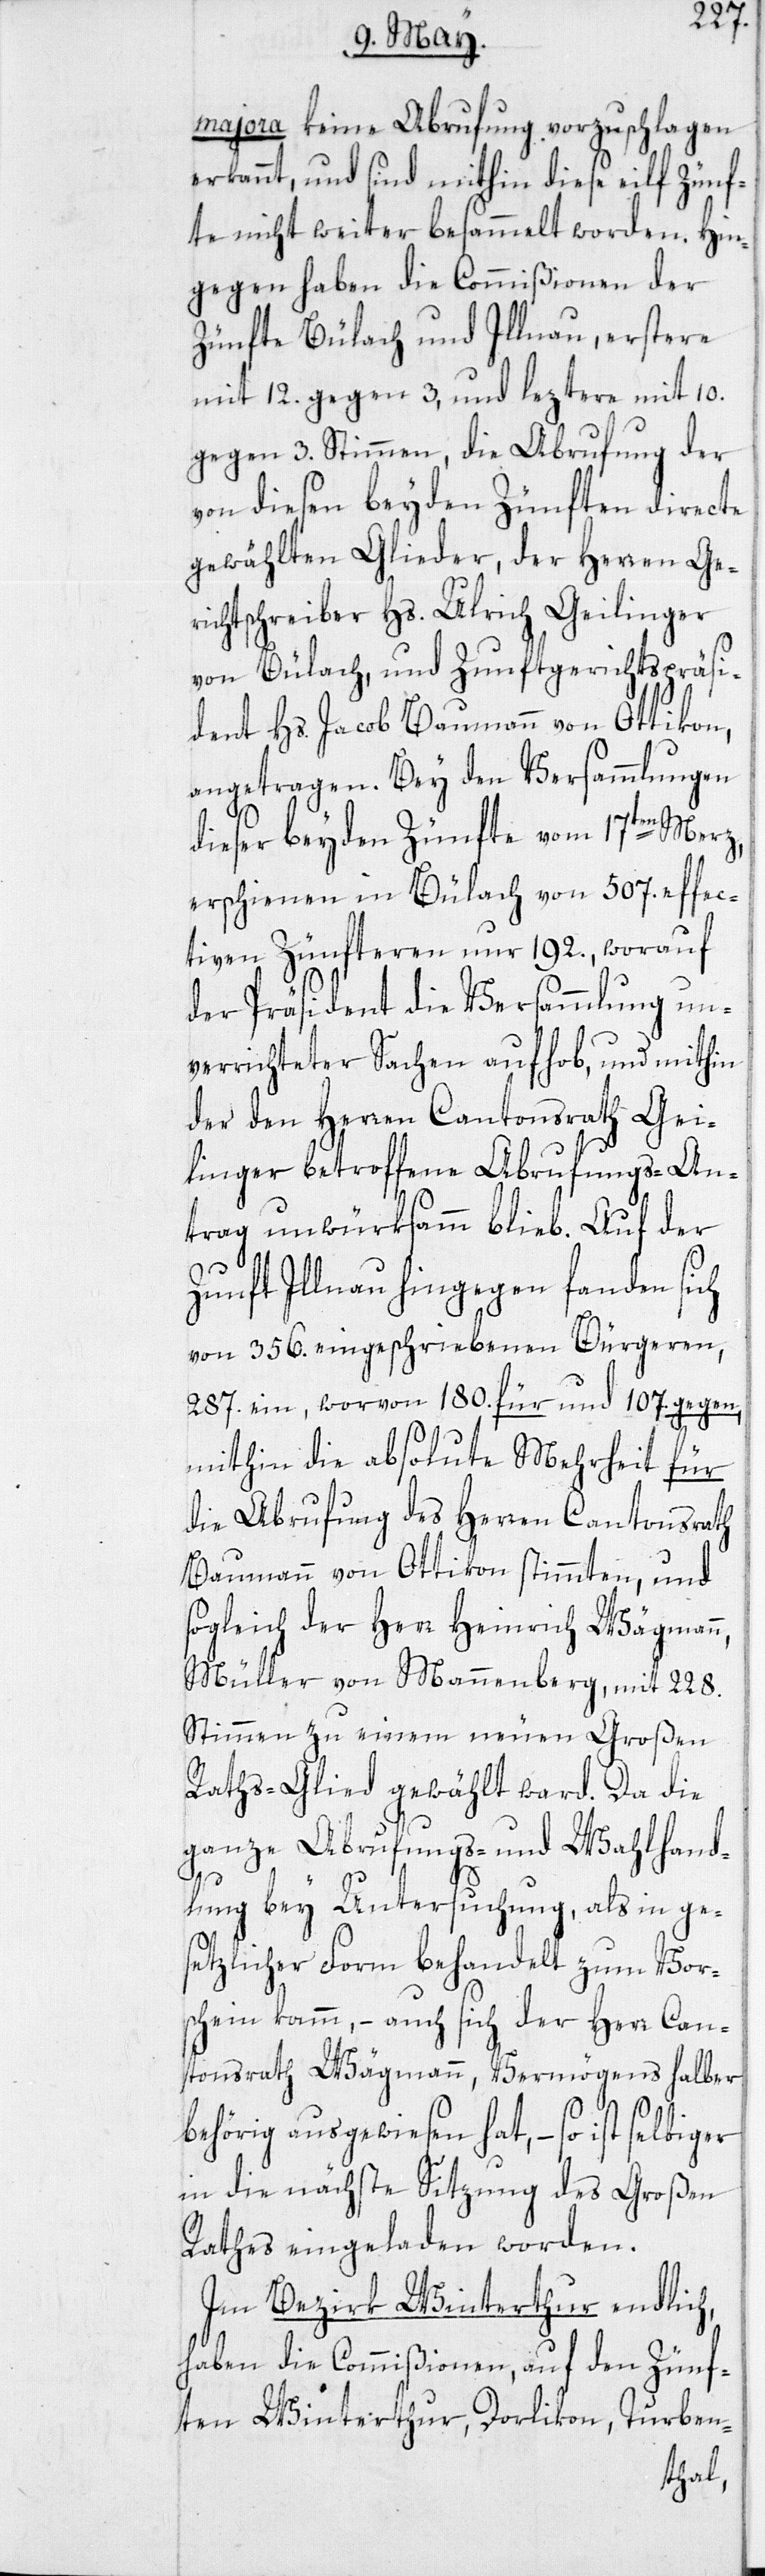
majora keine Abrufung vorzuschlagen
erkannt, und sind mithin diese eilf Zünf¬
te nicht weiter besammelt worden. Hin¬
gegen haben die Commißionen der
Zünfte Bülach und Illnau, erstere
mit 12. gegen 3, und leztere mit 10.
gegen 3. Stimmen, die Abrufung der
von diesen beyden Zünften directe
gewählten Glieder, der Herren Ger¬
ichtschreiber Hs. Ulrich Geilinger
von Bülach, und Zunftgerichtspräsi¬
dent Hs. Jacob Baumann von Ottikon,
angetragen. Bey den Versammlungen
dieser beyden Zünfte vom 17ten Merz,
erschienen in Bülach von 507. effec¬
tiven Zünfteren nur 192., worauf
der Präsident die Versammlung un¬
verrichteter Sachen aufhob, und mithin
der den Herren Cantonsrath Gei¬
linger betroffene Abrufungs-An¬
trag unwürksamm blieb. Auf der
Zunft Illnau hingegen fanden sich
von 356. eingeschriebenen Bürgeren,
287. ein, worvon 180. für und 107. gegen,
mithin die absolute Mehrheit für
die Abrufung des Herren Cantonsrath
Baumann von Ottikon stimmten, und
sogleich der Herr Heinrich Wägmann,
Müller von Mannenberg, mit 228.
Stimmen zu einem neuen Großen
Raths-Glied gewählt ward. Da die
ganze Abrufungs- und Wahlhand¬
lung bey Untersuchung, als in ge¬
setzlicher Form behandelt zum Vor¬
schein kamm, – auch sich der Herr Can¬
tonsrath Wägmann, Vermögens halber
behörig ausgewiesen hat, – so ist
in die nächste Sitzung des Großen
Rathes eingeladen worden.
Im Bezirk Winterthur endlich,
haben die Commißionen, auf den Zünf¬
ten Winterthur, Dorlikon, Turben-